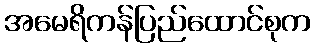
အမေရိကန်ပြည်ထောင်စုက